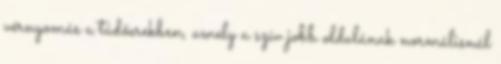
vérnyomás a tüdőerekben, amely a szív jobb oldalának normálisnál